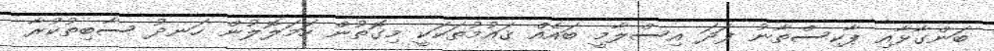
ބަންގާޅާއި ޕާކިސްތާނު ފަދަ އިސްލާމީ ބައެއް ޤައުމުތަކަކީ މިގޮތުން ހަމަލޮލުން ހަނދު ސާބިތުކުރާ